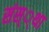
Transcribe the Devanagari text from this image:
संस््था